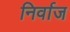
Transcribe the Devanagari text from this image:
निर्वाज